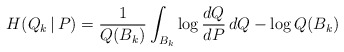
\begin{align*}H(Q_k\,|\,P) = \frac{1}{Q(B_k)}\int_{B_k} \log\frac{dQ}{dP}\,dQ - \log Q(B_k)\end{align*}